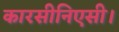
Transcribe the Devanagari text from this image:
कारसीनिएसी।